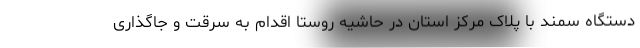
دستگاه سمند با پلاک مرکز استان در حاشیه روستا اقدام به سرقت و جاگذاری